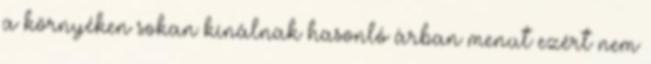
a környéken sokan kínálnak hasonló árban menüt ezért nem